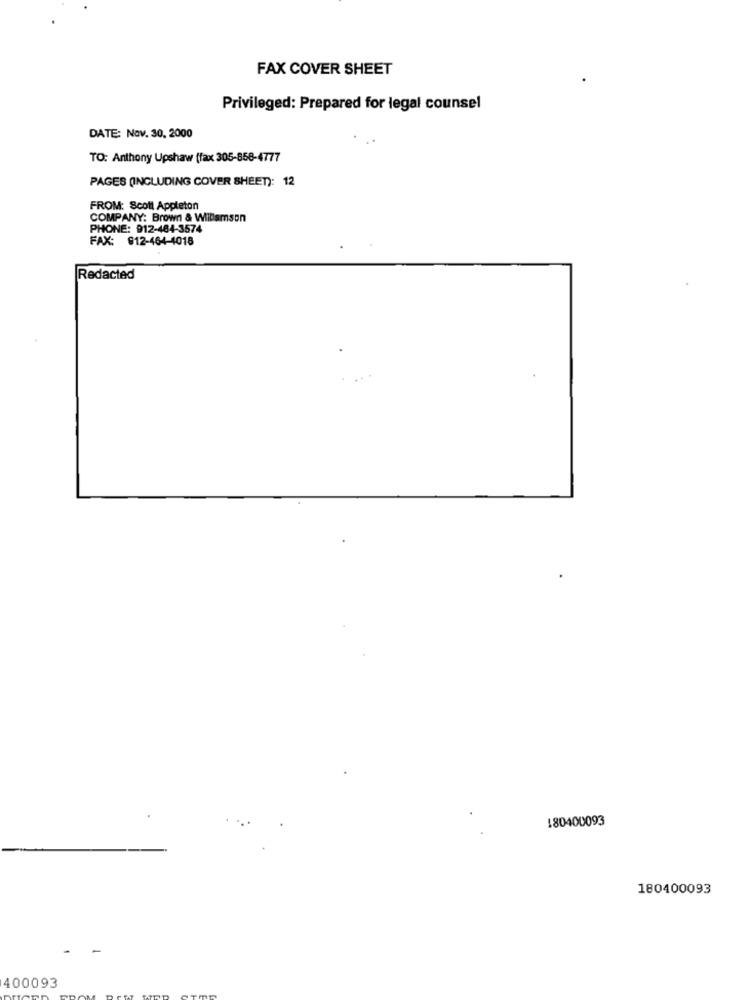
FAX COVER SHEET
Privileged: Prepared for legal counsel
DATE: Nov. 30, 2000
TO: Anthony Upshaw (fax 305-858-4777
PAGES (INCLUDING COVER SHEET): 12
FROM: Scott Appleton
COMPANY: Brown & Williamson
PHONE: 912-464-3574
FAX: 912-464-4018
Redacted
180400093
180400093
400093